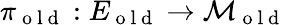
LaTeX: \pi_{\mathrm{~o~l~d~}}:E_{\mathrm{~o~l~d~}}\to\mathcal{M}_{\mathrm{~o~l~d~}}